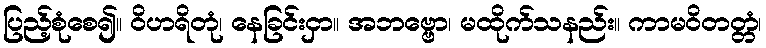
ပြည့်စုံစေ၍။ ဝိဟရိတုံ၊ နေခြင်းငှာ။ အဘဗ္ဗော၊ မထိုက်သနည်း။ ကာမဝိတတ္တံ၊